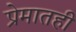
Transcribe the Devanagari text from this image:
प्रेमातही